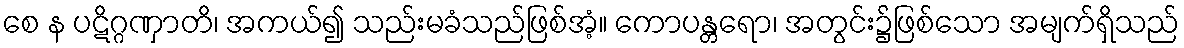
စေ န ပဋိဂ္ဂဏှာတိ၊ အကယ်၍ သည်းမခံသည်ဖြစ်အံ့။ ကောပန္တရော၊ အတွင်း၌ဖြစ်သော အမျက်ရှိသည်